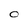
Character: O